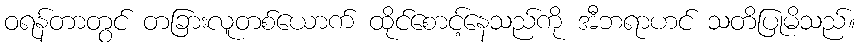
ဝရန်တာတွင် တခြားလူတစ်ယောက် ထိုင်စောင့်နေသည်ကို အီဘရာဟင် သတိပြုမိသည်။